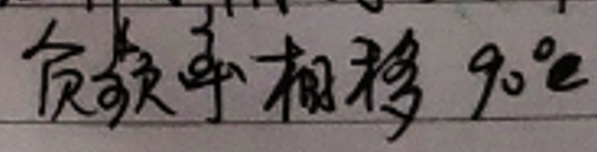
负频率相移90°